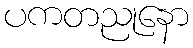
ပကတညုနော